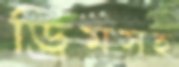
ড্রিমসহ